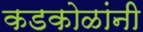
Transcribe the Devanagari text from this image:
कडकोळांनी